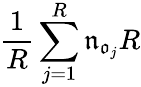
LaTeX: \frac 1R\sum_{j=1}^{R}\mathfrak{n}_{\mathfrak{o}_{j}}R